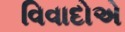
વિવાદોએ